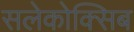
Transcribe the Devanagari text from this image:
सलेकोक्सिब